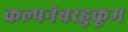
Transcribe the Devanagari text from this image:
कल्पनेबरहुकूम